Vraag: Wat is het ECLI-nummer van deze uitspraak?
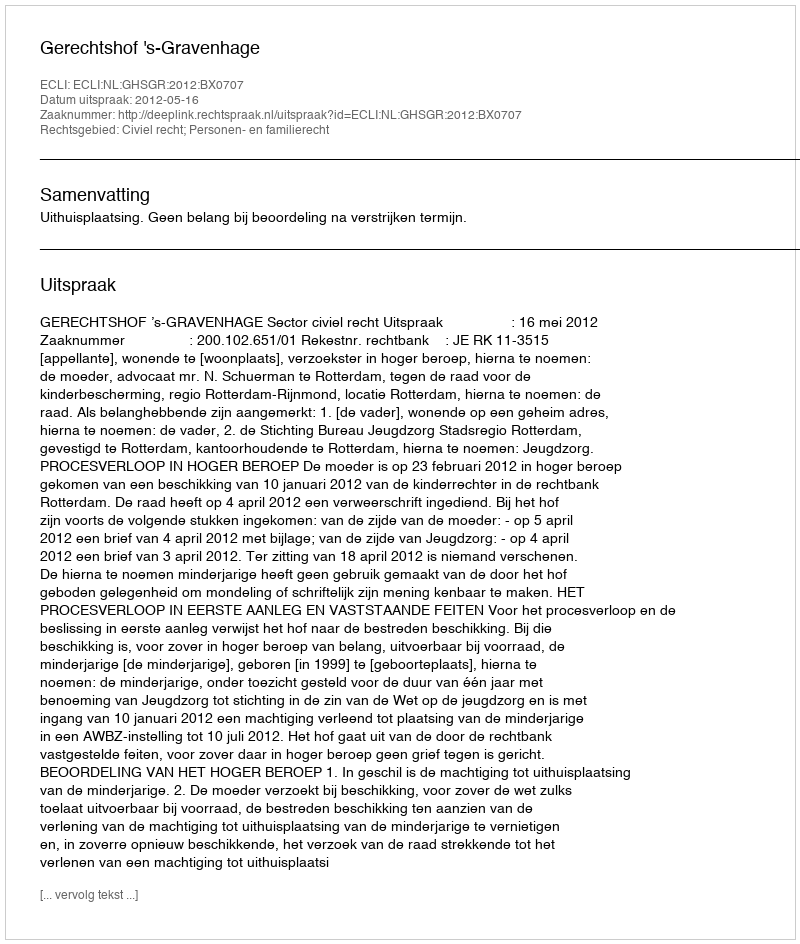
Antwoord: ECLI:NL:GHSGR:2012:BX0707